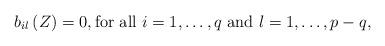
LaTeX: \begin{align*} b_{il}\left(Z\right)=0 , \mbox{for all $i=1,\dots,q$ and $l=1,\dots,p-q$,} \end{align*}